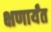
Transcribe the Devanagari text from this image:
क्षणार्यंत